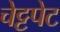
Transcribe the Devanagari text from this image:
चेट्टपेट